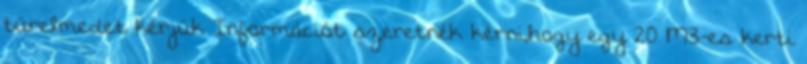
türelmedet kérjük Információt szeretnék kérni,hogy egy 20 M3-es kerti